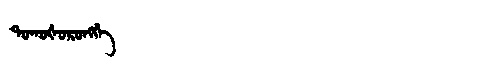
Manchu: ᡨᠣᡴᠣᡧᠣᡵᠣᠩᡤᡝ
Romanization: TOKOŠORONGGE